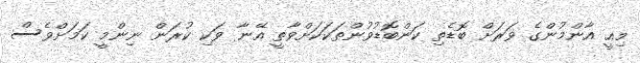
މިއީ އާންމުންގެ ވަރަށް ބޮޑެތި ކަންބޮޑުވުންތަކަކަށްވާތީ އޭނާ ވަކި ކުރަން ނިންމީ ކަމަށްވެސް